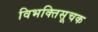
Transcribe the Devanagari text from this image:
विभक्तिसूचक